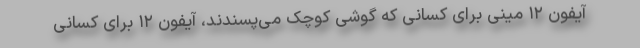
آیفون ۱۲ مینی برای کسانی که گوشی کوچک می‌پسندند، آیفون ۱۲ برای کسانی